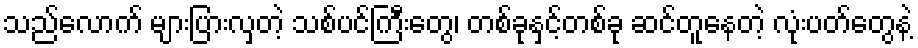
သည်လောက် များပြားလှတဲ့ သစ်ပင်ကြီးတွေ၊ တစ်ခုနှင့်တစ်ခု ဆင်တူနေတဲ့ လုံးပတ်တွေနဲ့